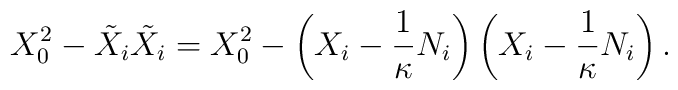
X_0^2 - \tilde{X}_i\tilde{X}_i = X_0^2 -\left(X_i - \frac1\kappa N_i\right)\left(X_i - \frac1\kappa N_i\right).